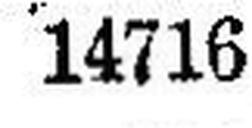
14716